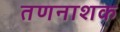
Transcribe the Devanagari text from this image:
तणनाशक